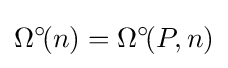
\Omega ^{\circ }\!(n)=\Omega ^{\circ }\!(P,n)